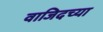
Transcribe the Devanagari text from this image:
वाजिदच्या